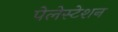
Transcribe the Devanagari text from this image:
पेलेस्टेशन